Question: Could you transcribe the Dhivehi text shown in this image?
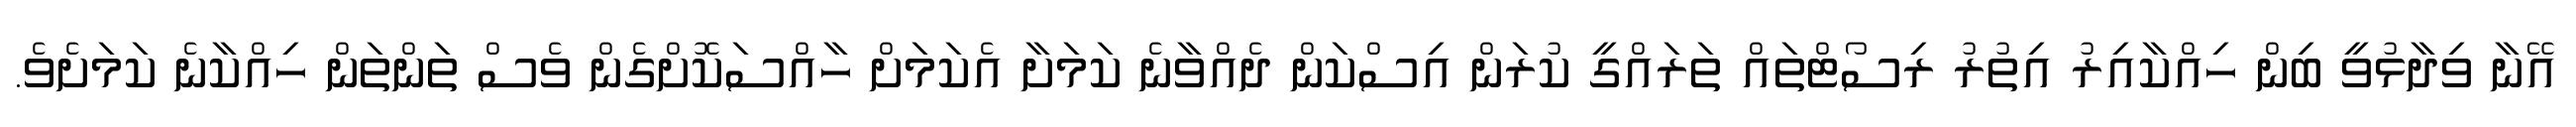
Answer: އޭނާ ވިދާޅުވީ ބިން ހިއްކާއިރު އިތުރު ރިސޯޓްތައް ތަރައްގީ ކުރަން އިސްކަން ދެއްވާނެ ކަމަށާ އެކަމަށް ހާއްސަކޮށްގެން ވެސް ތަންތަން ހިއްކާނެ ކަމަށެވެ.